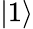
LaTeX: \lvert 1\rangle